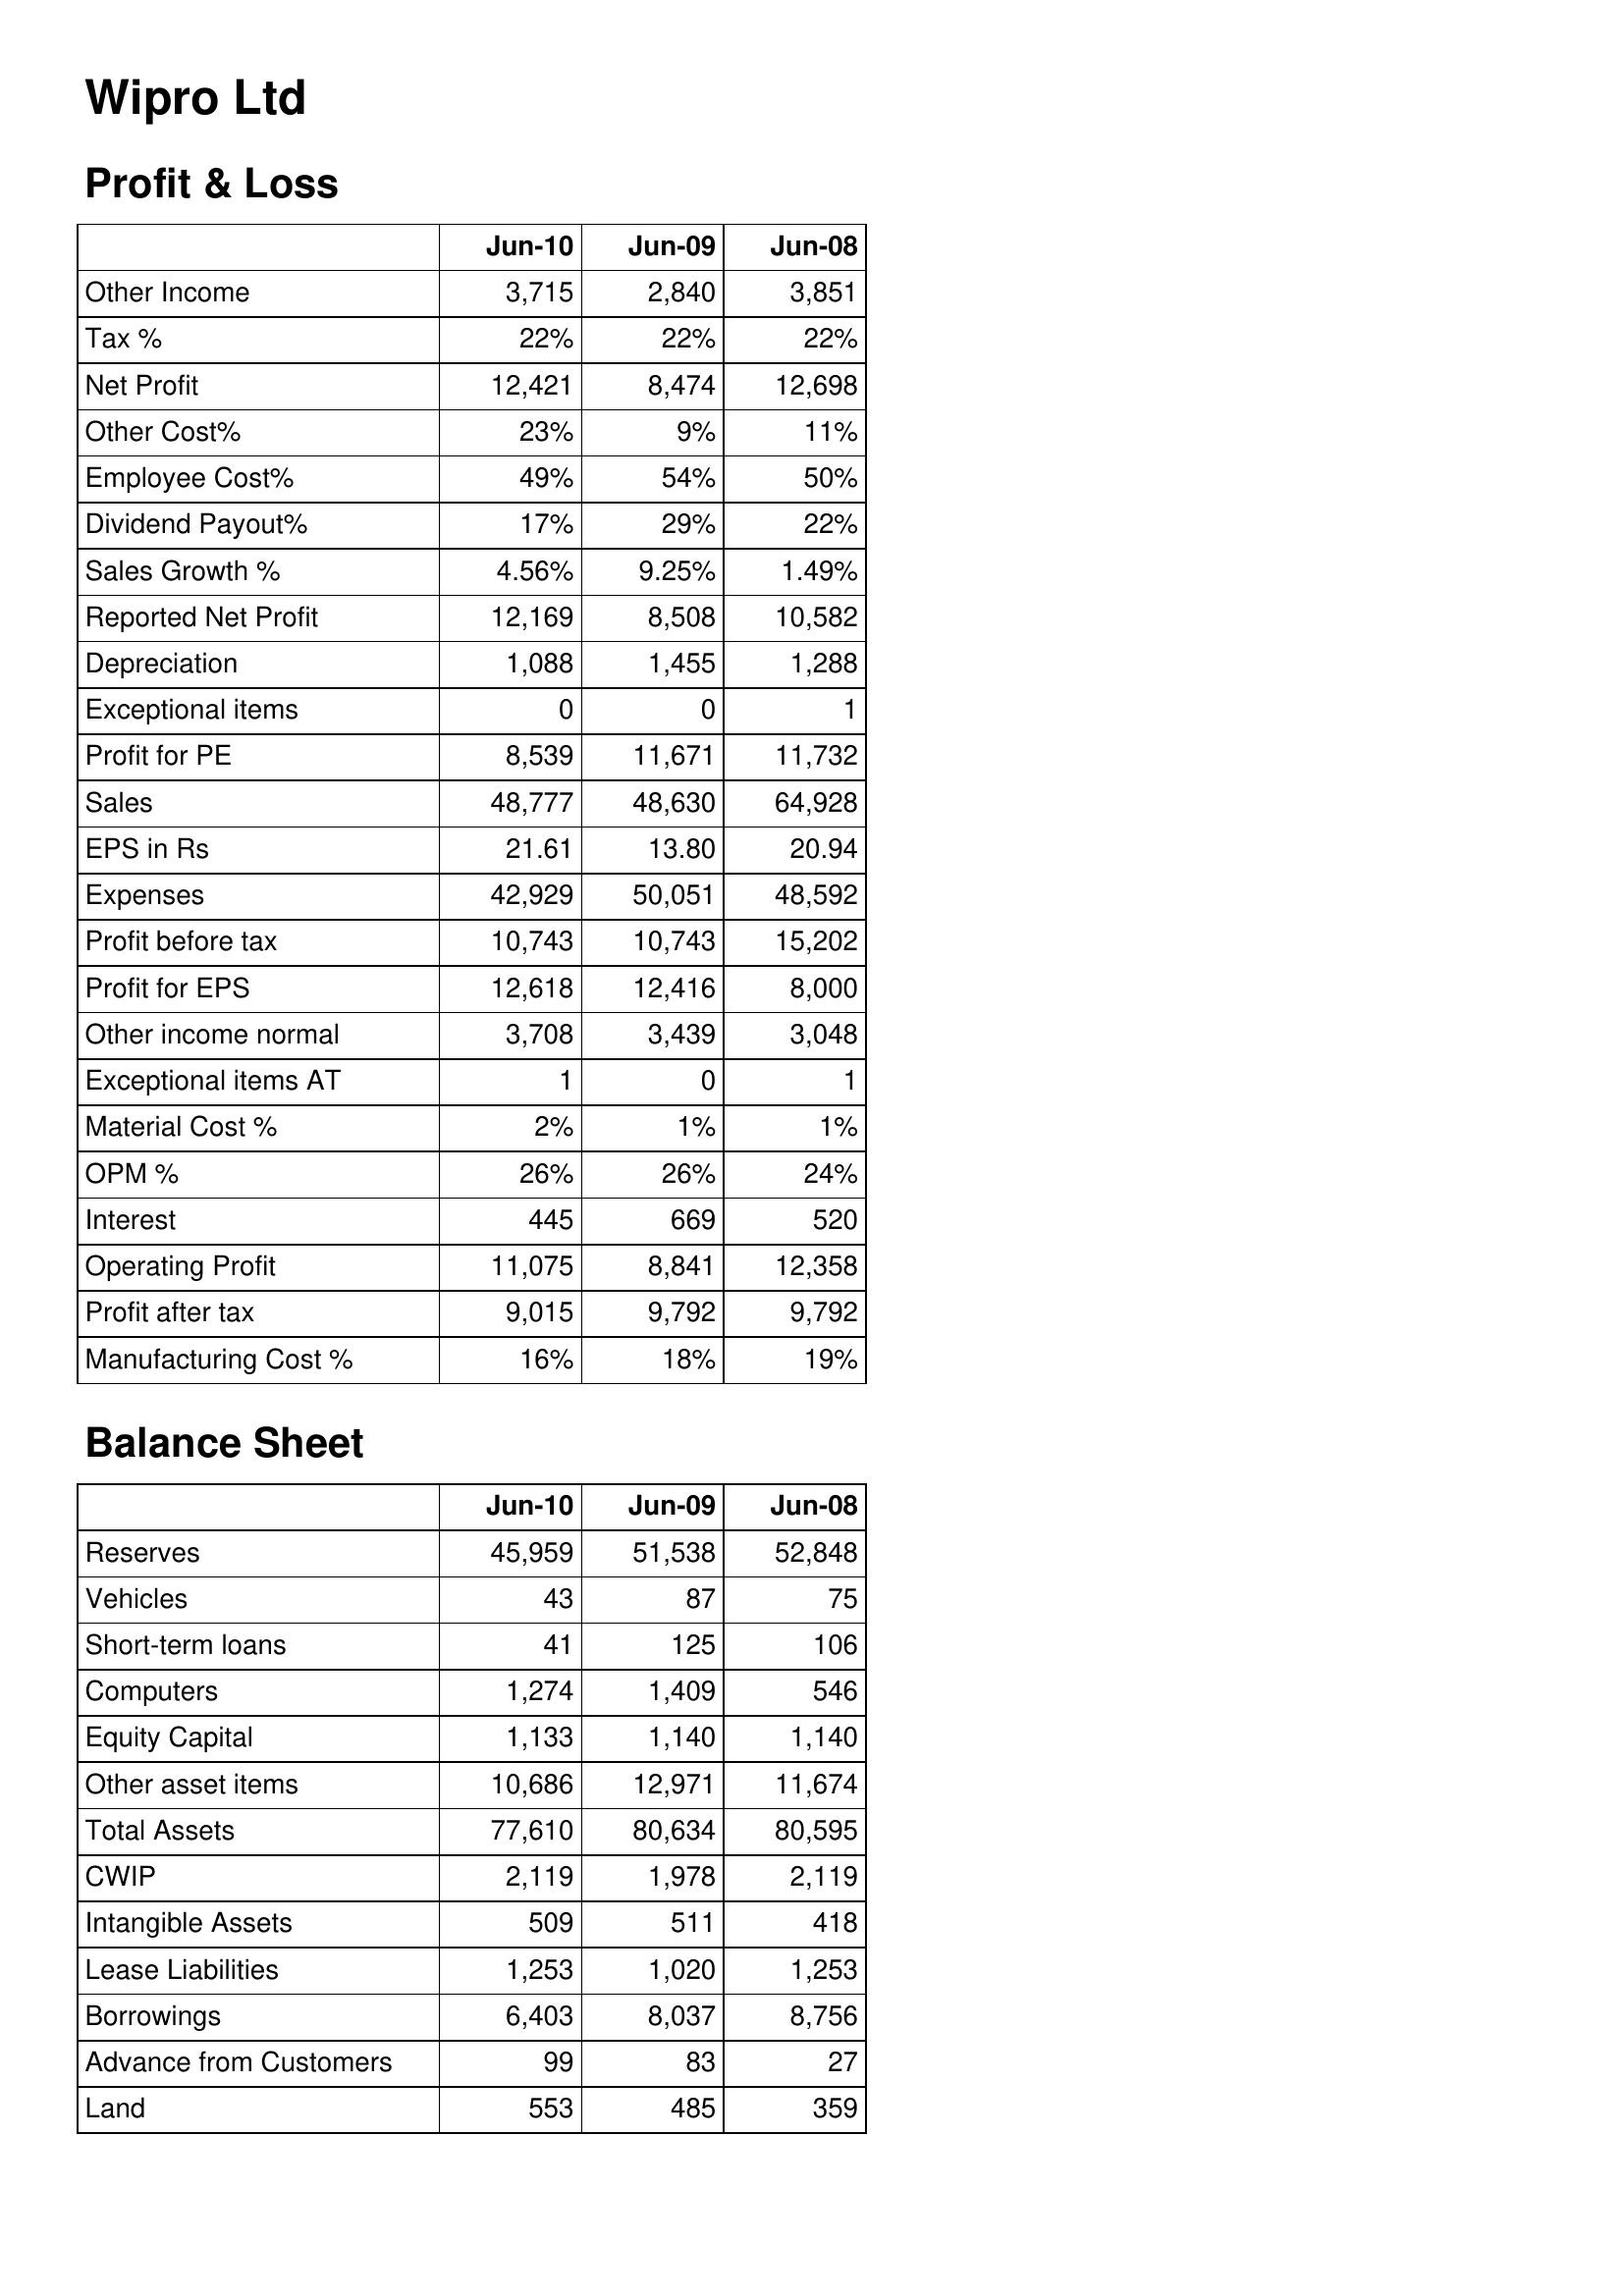
Jun-10: Profit & Loss: Other Income: 3,715
Tax %: 22%
Net Profit: 12,421
Other Cost%: 23%
Employee Cost%: 49%
Dividend Payout%: 17%
Sales Growth %: 4.56%
Reported Net Profit: 12,169
Depreciation: 1,088
Exceptional items: 0
Profit for PE: 8,539
Sales: 48,777
EPS in Rs: 21.61
Expenses: 42,929
Profit before tax: 10,743
Profit for EPS: 12,618
Other income normal: 3,708
Exceptional items AT: 1
Material Cost %: 2%
OPM %: 26%
Interest: 445
Operating Profit: 11,075
Profit after tax: 9,015
Manufacturing Cost %: 16%
Balance Sheet: Reserves: 45,959
Vehicles: 43
Short-term loans: 41
Computers: 1,274
Equity Capital: 1,133
Other asset items: 10,686
Total Assets: 77,610
CWIP: 2,119
Intangible Assets: 509
Lease Liabilities: 1,253
Borrowings: 6,403
Advance from Customers: 99
Land: 553
Jun-09: Profit & Loss: Other Income: 2,840
Tax %: 22%
Net Profit: 8,474
Other Cost%: 9%
Employee Cost%: 54%
Dividend Payout%: 29%
Sales Growth %: 9.25%
Reported Net Profit: 8,508
Depreciation: 1,455
Exceptional items: 0
Profit for PE: 11,671
Sales: 48,630
EPS in Rs: 13.80
Expenses: 50,051
Profit before tax: 10,743
Profit for EPS: 12,416
Other income normal: 3,439
Exceptional items AT: 0
Material Cost %: 1%
OPM %: 26%
Interest: 669
Operating Profit: 8,841
Profit after tax: 9,792
Manufacturing Cost %: 18%
Balance Sheet: Reserves: 51,538
Vehicles: 87
Short-term loans: 125
Computers: 1,409
Equity Capital: 1,140
Other asset items: 12,971
Total Assets: 80,634
CWIP: 1,978
Intangible Assets: 511
Lease Liabilities: 1,020
Borrowings: 8,037
Advance from Customers: 83
Land: 485
Jun-08: Profit & Loss: Other Income: 3,851
Tax %: 22%
Net Profit: 12,698
Other Cost%: 11%
Employee Cost%: 50%
Dividend Payout%: 22%
Sales Growth %: 1.49%
Reported Net Profit: 10,582
Depreciation: 1,288
Exceptional items: 1
Profit for PE: 11,732
Sales: 64,928
EPS in Rs: 20.94
Expenses: 48,592
Profit before tax: 15,202
Profit for EPS: 8,000
Other income normal: 3,048
Exceptional items AT: 1
Material Cost %: 1%
OPM %: 24%
Interest: 520
Operating Profit: 12,358
Profit after tax: 9,792
Manufacturing Cost %: 19%
Balance Sheet: Reserves: 52,848
Vehicles: 75
Short-term loans: 106
Computers: 546
Equity Capital: 1,140
Other asset items: 11,674
Total Assets: 80,595
CWIP: 2,119
Intangible Assets: 418
Lease Liabilities: 1,253
Borrowings: 8,756
Advance from Customers: 27
Land: 359